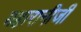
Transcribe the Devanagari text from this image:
महारानीजी